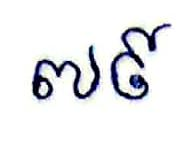
៧៩